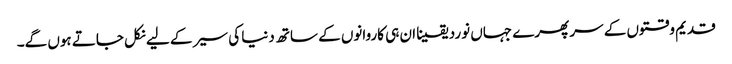
قدیم وقتوں کے سر پھرے جہاں نورد یقینا ان ہی کاروانوں کے ساتھ دنیا کی سیر کے لیے نکل جاتے ہوں گے۔